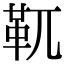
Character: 靰